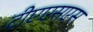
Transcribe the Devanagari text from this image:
टीएएसएस